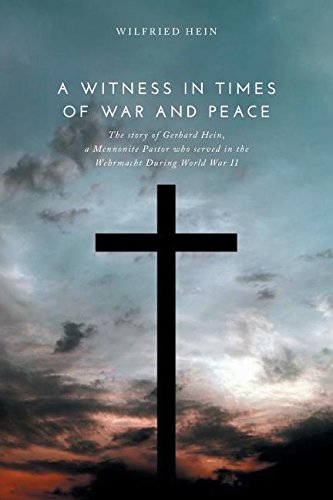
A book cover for A Witness in Times of War and Peace: The story of Gerhard Hein; Wilfried Hein; Christian Books & Bibles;